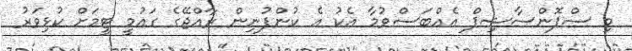
މި ސްޕޮންސާޝިޕް އެއްބަސްވުމާ އެކު އެ ކުންފުނިން ރާއްޖޭގެ ގައުމީ ޓީމަށް ކުޅިވަރު